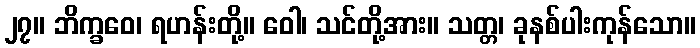
၂၇။ ဘိက္ခဝေ၊ ရဟန်းတို့။ ဝေါ၊ သင်တို့အား။ သတ္တ၊ ခုနစ်ပါးကုန်သော။